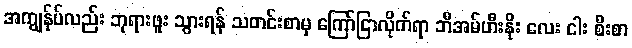
အကျွန်ုပ်လည်း ဘုရားဖူး သွားရန် သတင်းစာမှ ကြော်ငြာလိုက်ရာ ဘီအမ်ဟီးနိုး လေး ငါး စီးစာ